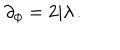
\partial _ { \phi } = 2 \mathrm { i } \lambda \, .